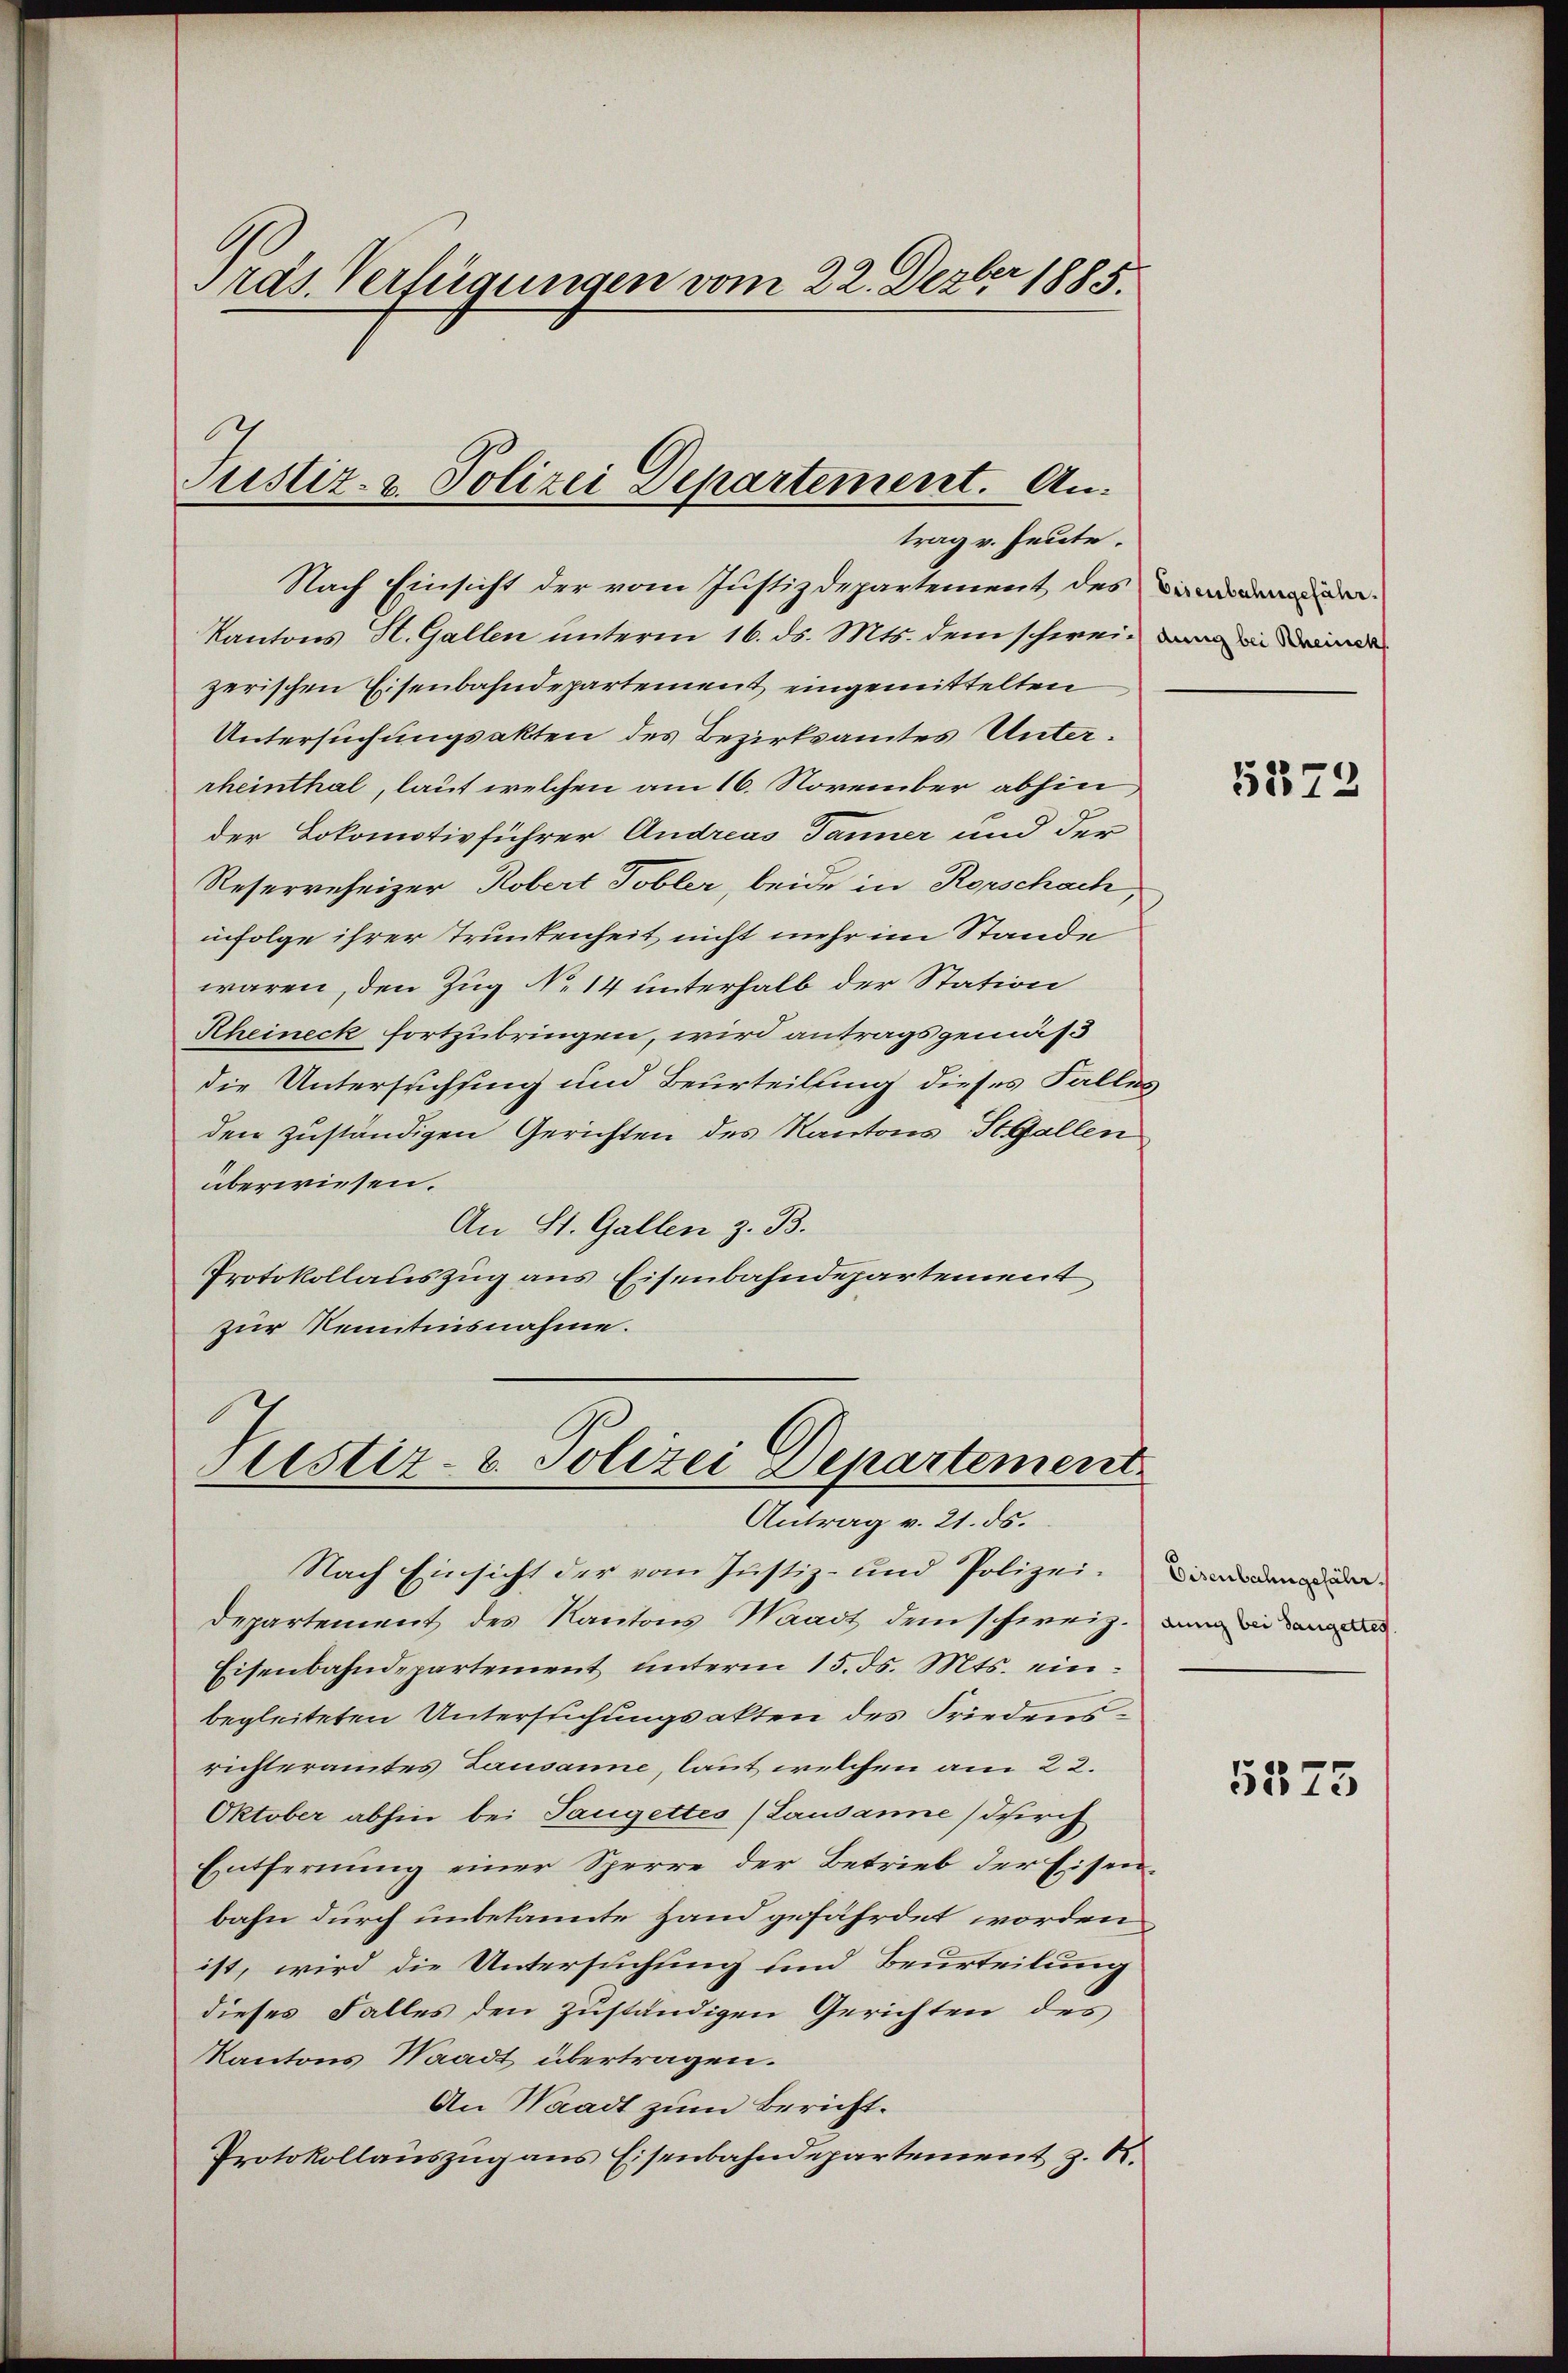
Präs. Verfügungen vom 22. Dezber 1885.

Justiz- & Polizei Departement. An
trag v. heute.

Nach Einsicht der vom Justizdepartement des andere
Kantons St. Gallen unterm 16. ds. Mts. dem schwei- in eine
zerischen Eisenbahndepartement eingemittelten
Untersuchungsakten des Bezirksamtes Unterrheinthal, laut welchen am 16. November abhin,
der Lokomotivführer Andreas Tanner und der
Resereheizer, Robert Tobler, beide in Rorschach,
infolge ihrer Trunkenheit nicht mehr im Stande
waren, den Zug No. 14 unterhalb der Station
Rheineck fortzubringen, wird antragsgemäs
die Untersuchsing und Beurteilung dieses Falles
den zuständigen Gerichten des Kantons St. Gallen
überwiesen.
An St. Gallen z. B.
Protokollauszug aus Eisenbahndepartement
zur Kenntnisnahme.

slistiz- & Polizei Departement.
Antrag v. 21. ds.

Nach Einsicht der vom Justiz- und Polizeidepartement des Kantons Waadt dem schweiz. in
Eisenbahndepartement unterm 15. ds. Mts. einbegleiteten Untersuchungsakten des Friedensrichteramtes Lausanne, laut welchen am 22.
Oktober abhin bei Taugettes (Lausanne (durch
Entfernung einer Sperre der Betrieb der Eisenbahn durch unbekannte Hand gefährdet worden
ist, wird die Untersuchung und Beurteilung
dieses Falles den zuständigen Gerichten des
Kantons Waadt übertragen.
An Waadt zum Bericht.
Protokollauszug aus Eisenbahndepartement z. R.

5373

Eisenbahngefähr

5575